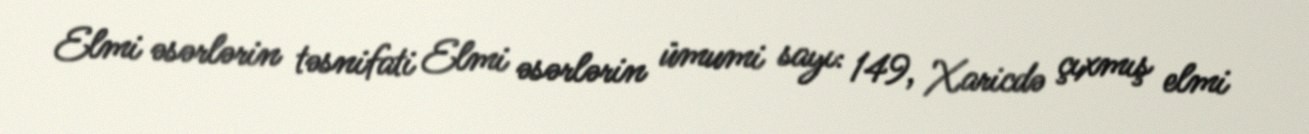
Elmi əsərlərin təsnifati Elmi əsərlərin ümumi sayı: 149, Xaricdə çıxmış elmi